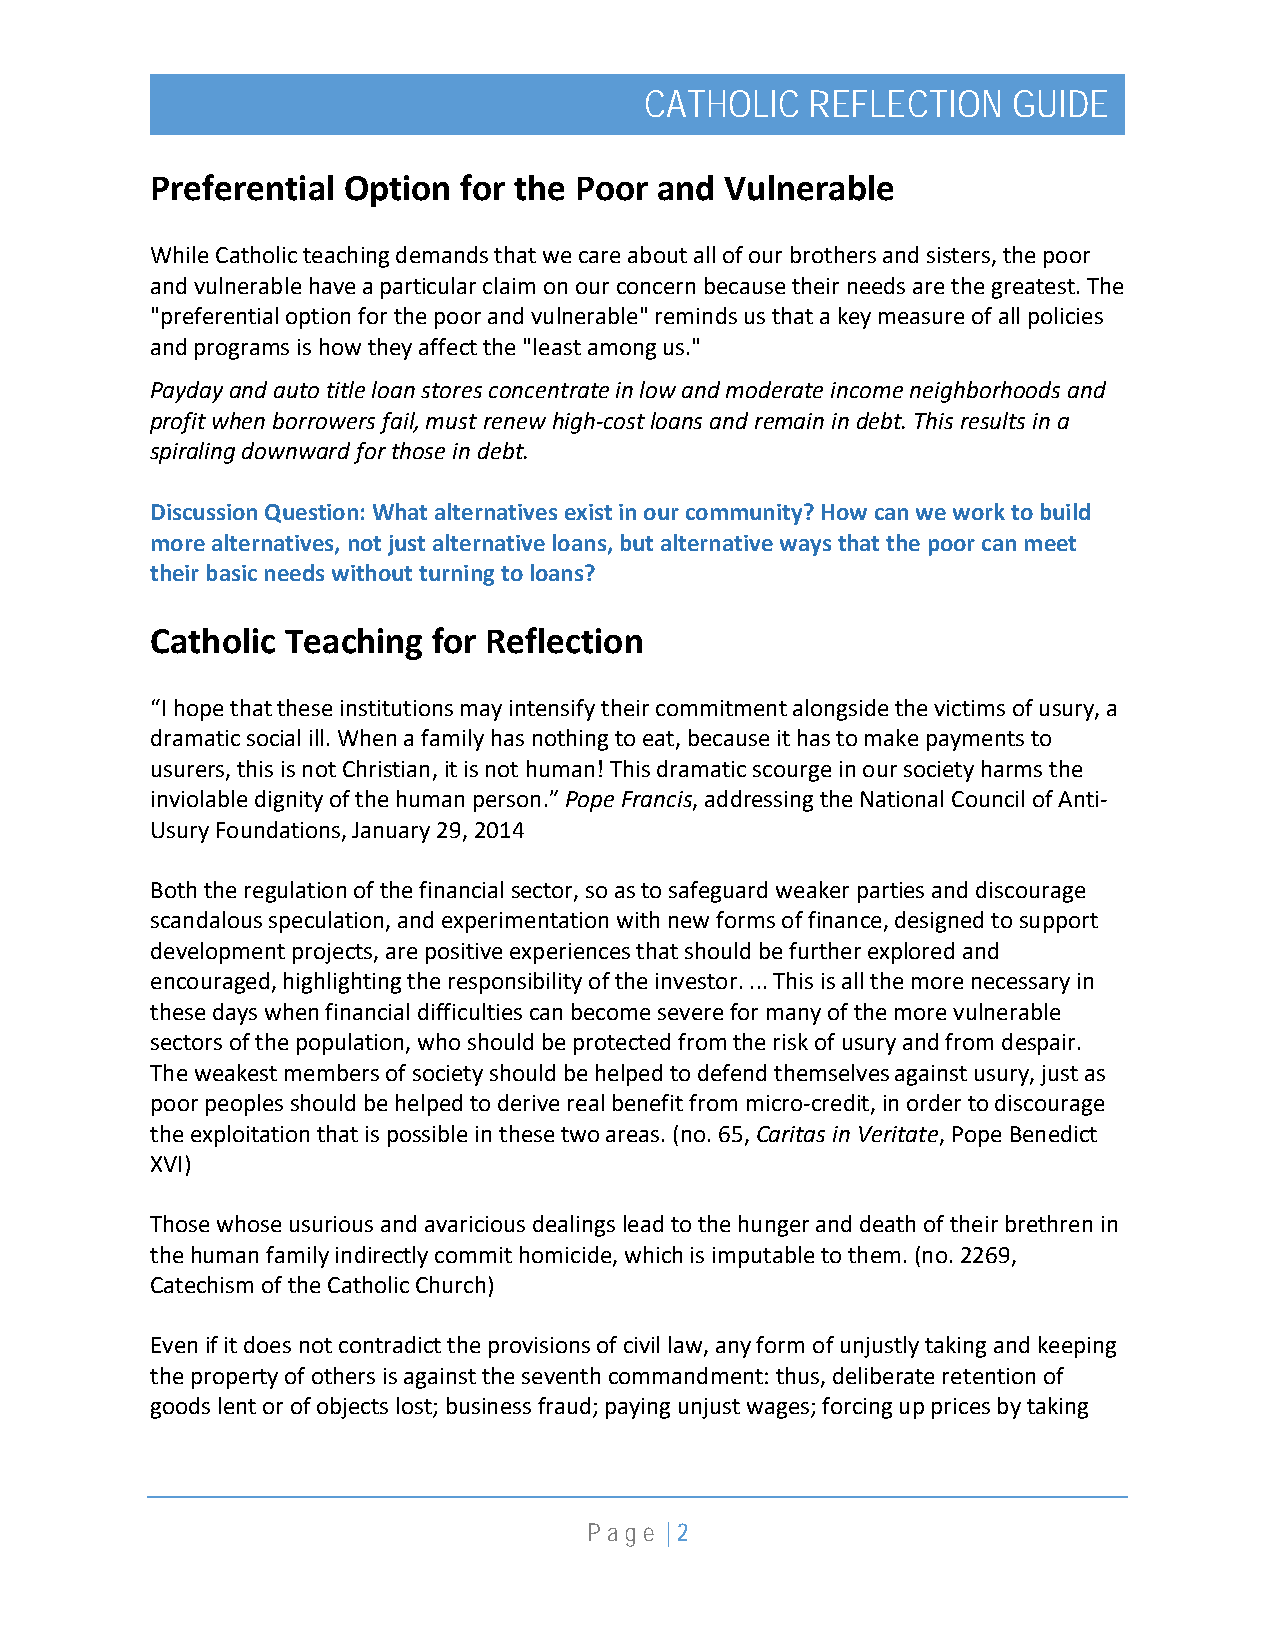
CATHOLIC   REFLECTION   GUIDE
 Preferential Option for the Poor and  Vulnerable
 While Catholic teaching demands that we care about all of our brothers and sisters, the poor
 and vulnerable have a particular claim on our concern because their needs are the greatest. The
 "preferential option for the poor and vulnerable" reminds us that a key measure of all policies
 and programs is how they affect the "least among us."
 Payday and auto title loan stores concentrate in low and moderate income neighborhoods and
 profit when borrowers fail, must renew high-cost loans and remain in debt. This results in a
 spiraling downward for those in debt.
 Discussion Question: What alternatives exist in our community? How can we work to build
 more alternatives, not just alternative loans, but alternative ways that the poor can meet
 their basic needs without turning to loans?
 Catholic Teaching  for Reflection
 “I hope that these institutions may intensify their commitment alongside the victims of usury, a
 dramatic social ill. When a family has nothing to eat, because it has to make payments to
 usurers, this is not Christian, it is not human! This dramatic scourge in our society harms the
 inviolable dignity of the human person.” Pope Francis, addressing the National Council of Anti-
 Usury Foundations, January 29, 2014
 Both the regulation of the financial sector, so as to safeguard weaker parties and discourage
 scandalous speculation, and experimentation with new forms of finance, designed to support
 development projects, are positive experiences that should be further explored and
 encouraged, highlighting the responsibility of the investor. ... This is all the more necessary in
 these days when financial difficulties can become severe for many of the more vulnerable
 sectors of the population, who should be protected from the risk of usury and from despair.
 The weakest members of society should be helped to defend themselves against usury, just as
 poor peoples should be helped to derive real benefit from micro-credit, in order to discourage
 the exploitation that is possible in these two areas. (no. 65, Caritas in Veritate, Pope Benedict
 XVI)
 Those whose usurious and avaricious dealings lead to the hunger and death of their brethren in
 the human family indirectly commit homicide, which is imputable to them. (no. 2269,
 Catechism of the Catholic Church)
 Even if it does not contradict the provisions of civil law, any form of unjustly taking and keeping
 the property of others is against the seventh commandment: thus, deliberate retention of
 goods lent or of objects lost; business fraud; paying unjust wages; forcing up prices by taking
 P a g e | 2